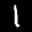
Label: 1